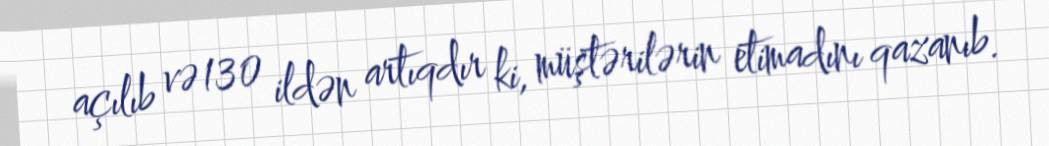
açılıb və 130 ildən artıqdır ki, müştərilərin etimadını qazanıb.